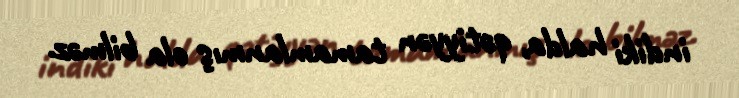
indiki halda, qətiyyən tamamlanmış ola bilməz.